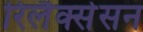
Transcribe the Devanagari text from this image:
रिलैक्सेसन